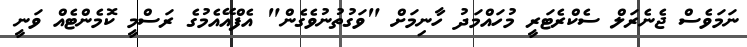
ނަމަވެސް ޖެނެރަލް ސެކްރެޓަރީ މުހައްމަދު ހާނިމަށް "ވަގުތުނުވެގެން" އެފްއޭއެމުގެ ރަސްމީ ކޮމެންޓެއް ވަނީ